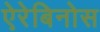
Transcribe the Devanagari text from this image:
ऐरेबिनोस